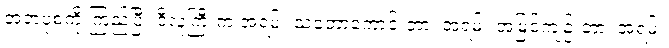
အဘပုံစံကို ကြည့်ပြီး ဒီလူကြီးက အရမ်း သဘောကောင်းတာ၊ အရမ်း အမြင်ကျဉ်းတာ၊ အရမ်း